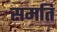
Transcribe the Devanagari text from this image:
समति